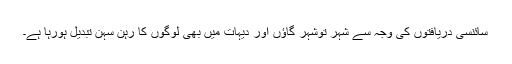
سائنسی دریافتوں کی وجہ سے شہر توشہر گاؤں اور دیہات میں بھی لوگوں کا رہن سہن تبدیل ہورہا ہے۔